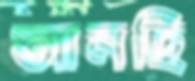
আনছি